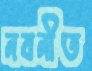
নবনীত